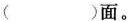
( )面。